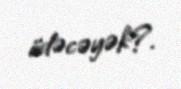
ödəcəyək?.